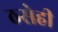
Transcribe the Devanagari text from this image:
ठसेही